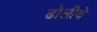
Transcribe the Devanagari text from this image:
ढोलीचे